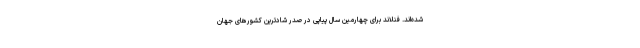
شده‌اند. فنلاند برای چهارمین سال پیاپی در صدر شادترین کشورهای جهان